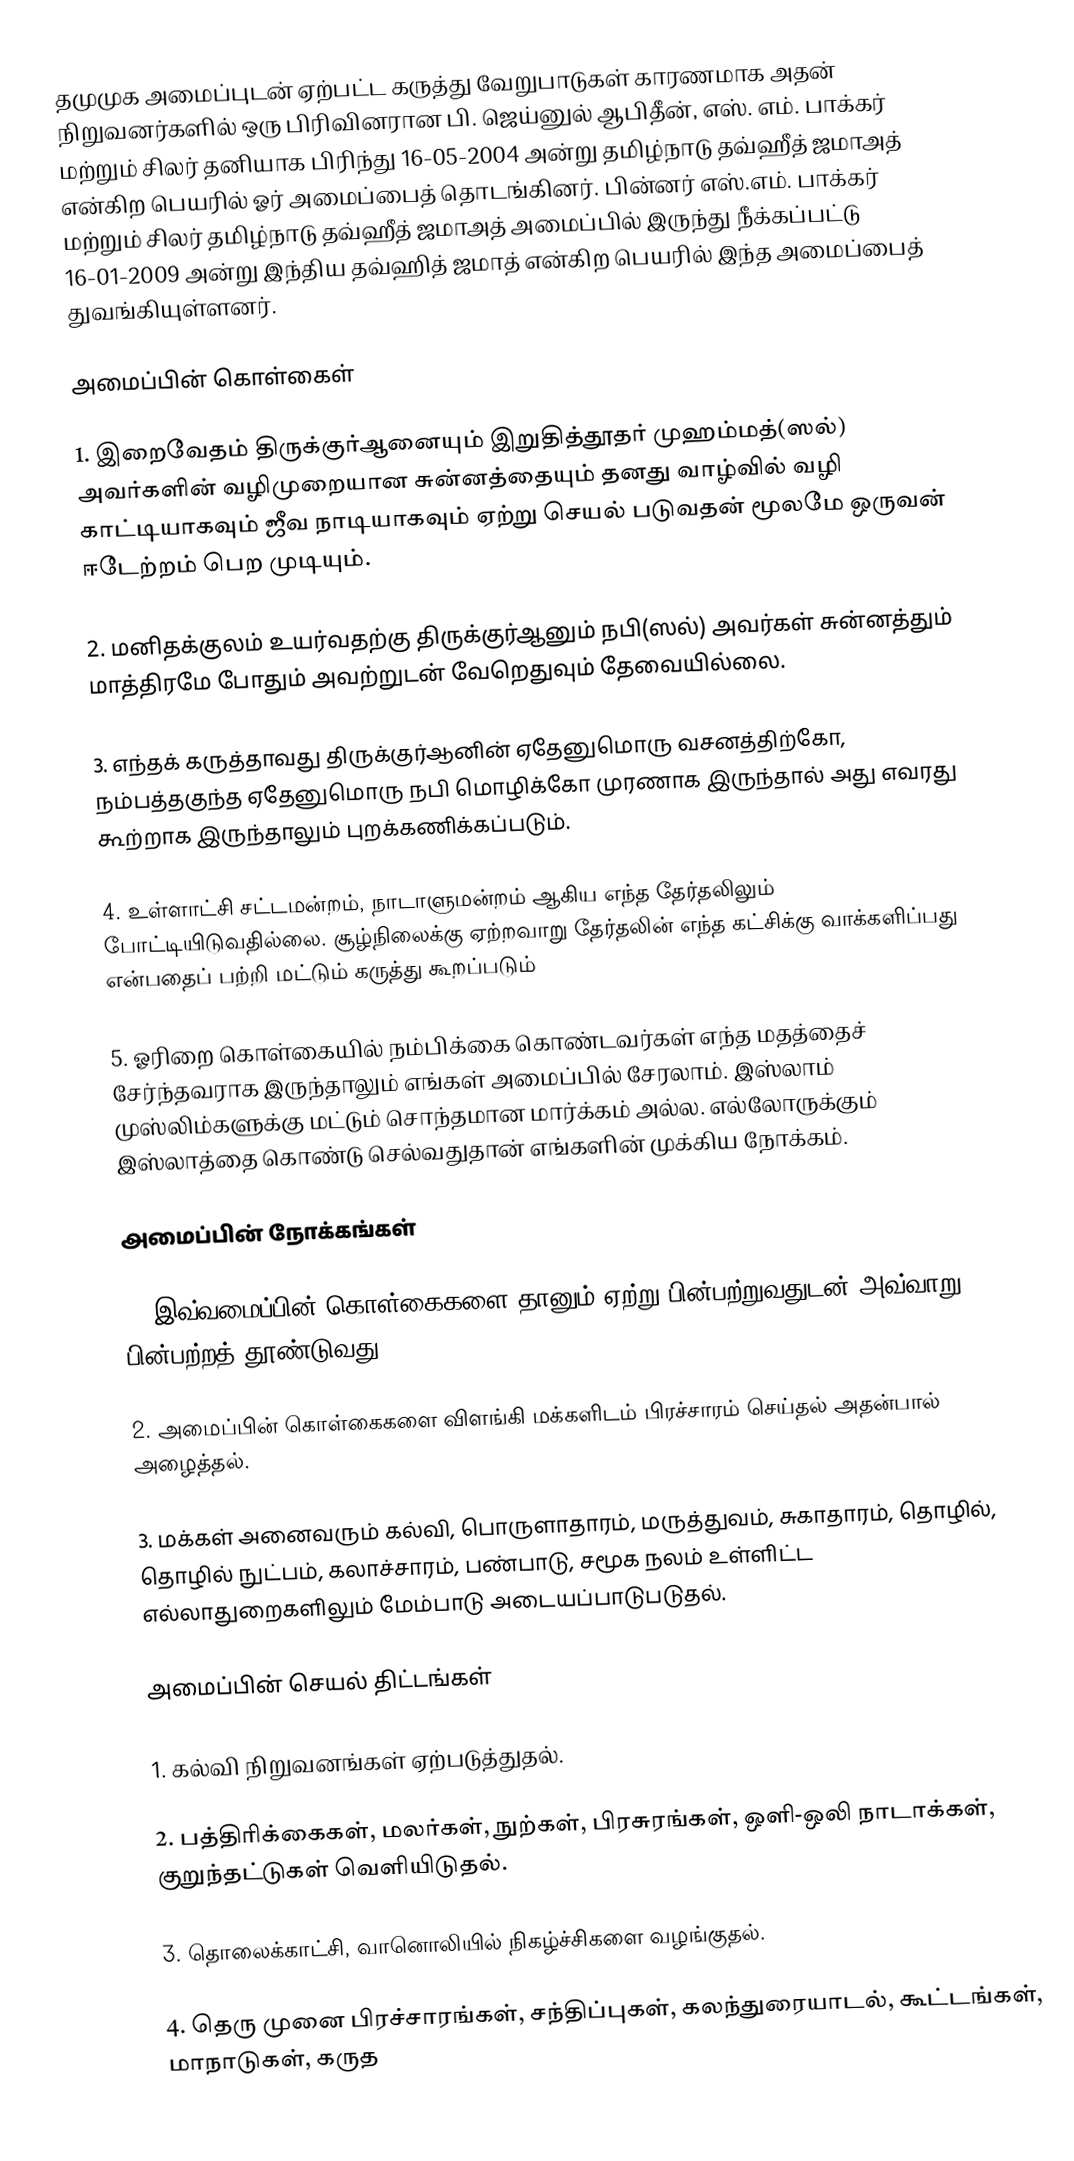
தமுமுக அமைப்புடன் ஏற்பட்ட கருத்து வேறுபாடுகள் காரணமாக அதன் நிறுவனர்களில் ஒரு பிரிவினரான பி. ஜெய்னுல் ஆபிதீன், எஸ். எம். பாக்கர் மற்றும் சிலர் தனியாக பிரிந்து 16-05-2004 அன்று தமிழ்நாடு தவ்ஹீத் ஜமாஅத் என்கிற பெயரில் ஓர் அமைப்பைத் தொடங்கினர். பின்னர் எஸ்.எம். பாக்கர் மற்றும் சிலர் தமிழ்நாடு தவ்ஹீத் ஜமாஅத் அமைப்பில் இருந்து நீக்கப்பட்டு 16-01-2009 அன்று  இந்திய தவ்ஹித் ஜமாத் என்கிற பெயரில் இந்த அமைப்பைத் துவங்கியுள்ளனர்.

அமைப்பின் கொள்கைள்

1. இறைவேதம் திருக்குர்ஆனையும் இறுதித்தூதர் முஹம்மத்(ஸல்) அவர்களின் வழிமுறையான சுன்னத்தையும் தனது வாழ்வில் வழி காட்டியாகவும் ஜீவ நாடியாகவும் ஏற்று செயல் படுவதன் மூலமே ஒருவன் ஈடேற்றம் பெற முடியும்.

2. மனிதக்குலம் உயர்வதற்கு திருக்குர்ஆனும் நபி(ஸல்) அவர்கள் சுன்னத்தும் மாத்திரமே போதும் அவற்றுடன் வேறெதுவும் தேவையில்லை.

3. எந்தக் கருத்தாவது திருக்குர்ஆனின் ஏதேனுமொரு வசனத்திற்கோ, நம்பத்தகுந்த ஏதேனுமொரு நபி மொழிக்கோ முரணாக இருந்தால் அது எவரது கூற்றாக இருந்தாலும் புறக்கணிக்கப்படும்.

4. உள்ளாட்சி சட்டமன்றம், நாடாளுமன்றம் ஆகிய எந்த தேர்தலிலும் போட்டியிடுவதில்லை. சூழ்நிலைக்கு ஏற்றவாறு தேர்தலின் எந்த கட்சிக்கு வாக்களிப்பது என்பதைப் பற்றி மட்டும் கருத்து கூறப்படும்

5. ஓரிறை கொள்கையில் நம்பிக்கை கொண்டவர்கள் எந்த மதத்தைச் சேர்ந்தவராக இருந்தாலும் எங்கள் அமைப்பில் சேரலாம். இஸ்லாம் முஸ்லிம்களுக்கு மட்டும் சொந்தமான மார்க்கம் அல்ல. எல்லோருக்கும் இஸ்லாத்தை கொண்டு செல்வதுதான் எங்களின் முக்கிய நோக்கம்.

அமைப்பின் நோக்கங்கள்

1. இவ்வமைப்பின் கொள்கைகளை தானும் ஏற்று பின்பற்றுவதுடன் அவ்வாறு பின்பற்றத் தூண்டுவது.

2. அமைப்பின் கொள்கைகளை விளங்கி மக்களிடம் பிரச்சாரம் செய்தல் அதன்பால் அழைத்தல்.

3. மக்கள் அனைவரும் கல்வி, பொருளாதாரம், மருத்துவம், சுகாதாரம், தொழில், தொழில் நுட்பம், கலாச்சாரம், பண்பாடு, சமூக நலம் உள்ளிட்ட எல்லாதுறைகளிலும் மேம்பாடு அடையப்பாடுபடுதல்.

அமைப்பின் செயல் திட்டங்கள்

1. கல்வி நிறுவனங்கள் ஏற்படுத்துதல்.

2. பத்திரிக்கைகள், மலர்கள், நுற்கள், பிரசுரங்கள், ஒளி-ஒலி நாடாக்கள், குறுந்தட்டுகள் வெளியிடுதல்.

3. தொலைக்காட்சி, வானொலியில் நிகழ்ச்சிகளை வழங்குதல்.

4. தெரு முனை பிரச்சாரங்கள், சந்திப்புகள், கலந்துரையாடல், கூட்டங்கள், மாநாடுகள், கருத